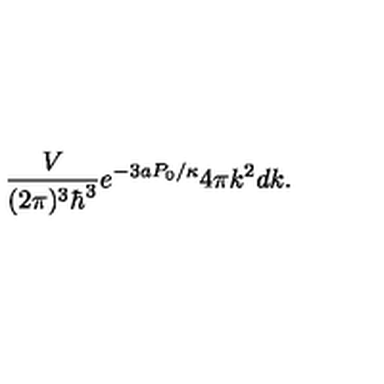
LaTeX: \frac { V } { ( 2 \pi ) ^ { 3 } \hbar ^ { 3 } } e ^ { - 3 a P _ { 0 } / \kappa } 4 \pi k ^ { 2 } d k .